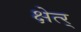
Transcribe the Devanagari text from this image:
क्षेत्र्‍